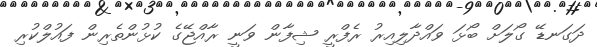
ދަގަނޑޭ ގޯލަށް ބޯޅަ ވައްދާލިއިރު ރެފްރީ ޝިފާން ވަނީ ރާއްޖޭގެ ކުޅުންތެރިން ފައުލްކުރި